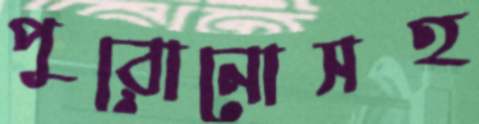
পুরোনোসহ